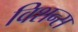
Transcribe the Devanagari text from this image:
विशन्स